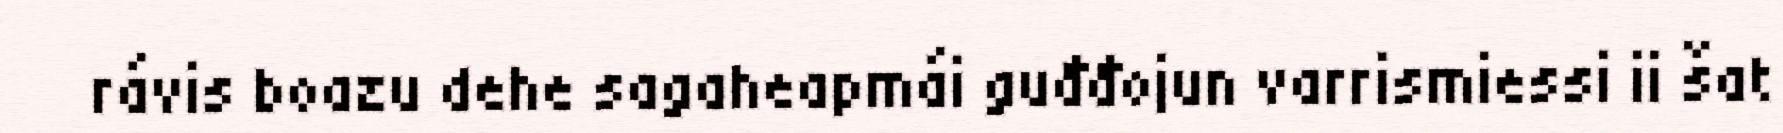
rávis boazu dehe sagaheapmái guđđojun varrismiessi ii šat